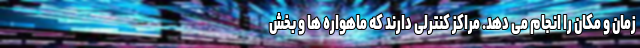
زمان و مکان را انجام می دهد. مراکز کنترلی دارند که ماهواره ها و بخش